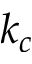
k _ { c }